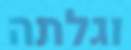
וגלתה